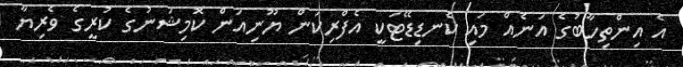
އެ އިންތިހާބުގެ އަނެއް މައި ކެނޑިޑޭޓަކީ އެފްރިކަން ޔޫނިއަން ކޮމިޝަނުގެ ކުރީގެ ވެރިޔާ